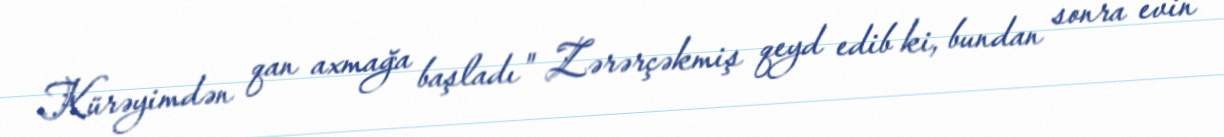
Kürəyimdən qan axmağa başladı" Zərərçəkmiş qeyd edib ki, bundan sonra evin